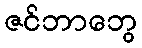
ဇင်ဘာဘွေ